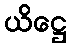
ယိဋ္ဌေ